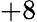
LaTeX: +8